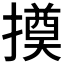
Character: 𢵫